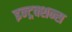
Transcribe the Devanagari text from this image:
इन्ट्रक्शन्स